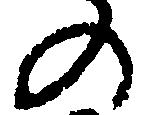
の